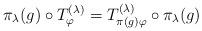
LaTeX: \begin{align*} \pi_\lambda (g) \circ T^{(\lambda)}_\varphi = T^{(\lambda)}_{\pi(g)\varphi}\circ \pi_\lambda(g)\end{align*}